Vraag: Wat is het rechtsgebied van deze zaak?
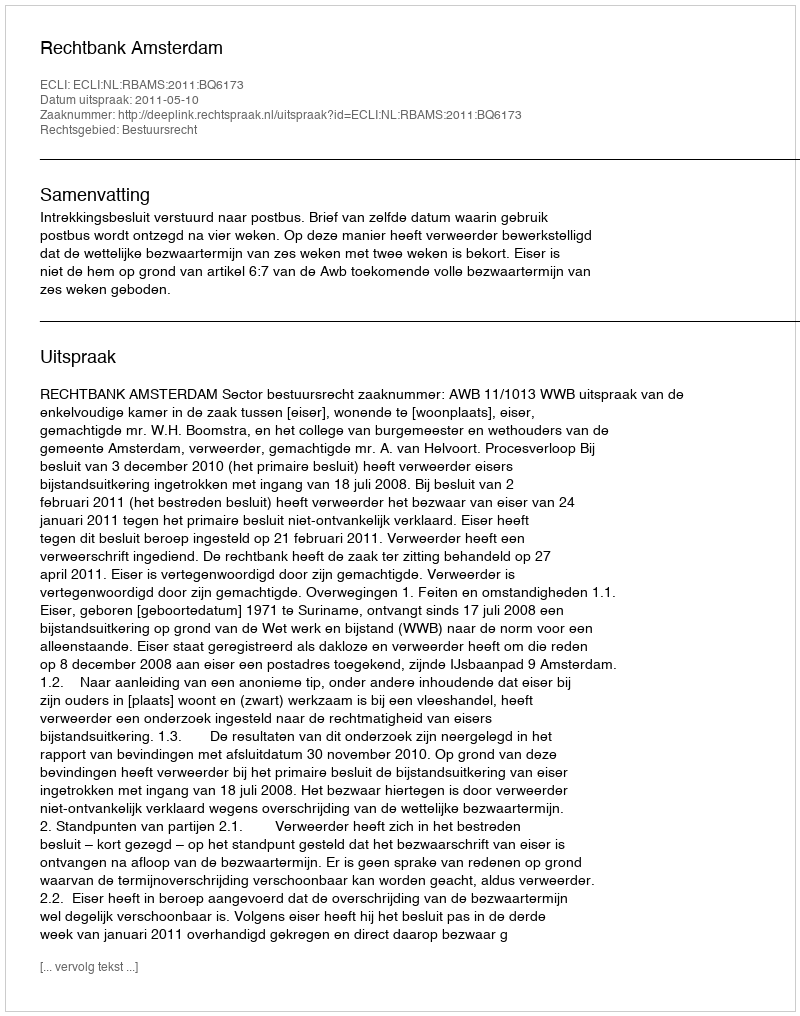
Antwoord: Bestuursrecht